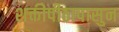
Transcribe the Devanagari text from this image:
शक्तीपीठापासुन